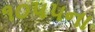
૧૦૫૫ના